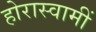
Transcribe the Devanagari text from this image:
होरास्वामीं